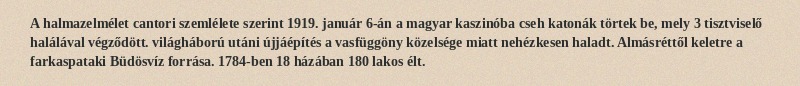
A halmazelmélet cantori szemlélete szerint 1919. január 6-án a magyar kaszinóba cseh katonák törtek be, mely 3 tisztviselő halálával végződött. világháború utáni újjáépítés a vasfüggöny közelsége miatt nehézkesen haladt. Almásréttől keletre a farkaspataki Büdösvíz forrása. 1784-ben 18 házában 180 lakos élt.